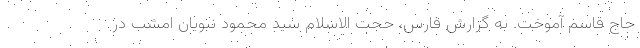
حاج قاسم آموخت. به گزارش فارس، حجت الاسلام سید محمود نبویان امشب در